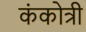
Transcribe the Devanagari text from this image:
कंकोत्री